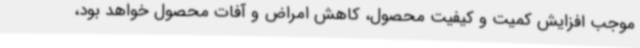
موجب افزایش کمیت و کیفیت محصول، کاهش امراض و آفات محصول خواهد بود،